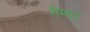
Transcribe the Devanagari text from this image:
मैम्बर